Indian journal of veterinary science and animal husbandry - Volume 9,
Year: 1939
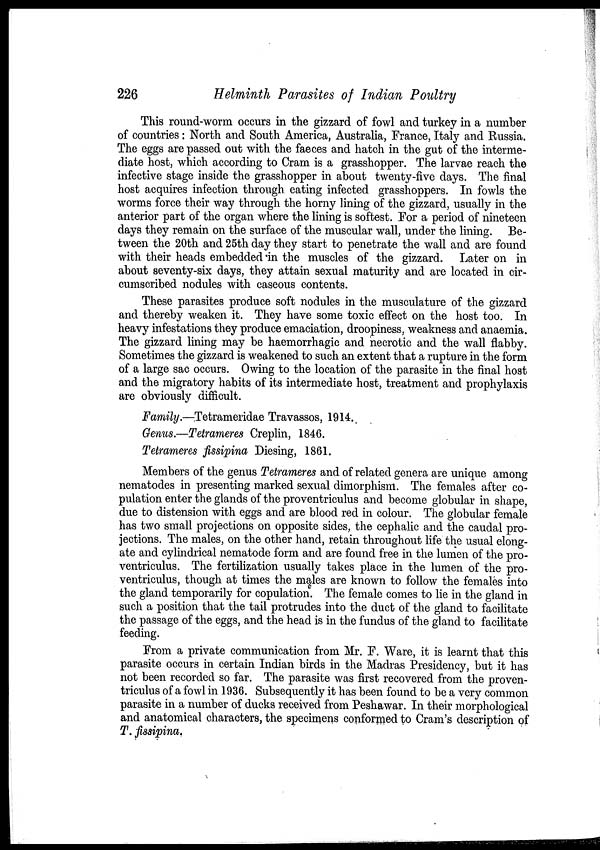
226
Helminth Parasites of Indian Poultry
This round-worm occurs in the gizzard of fowl and turkey in a number
of countries: North and South America, Australia, France, Italy and Russia.
The eggs are passed out with the faeces and hatch in the gut of the interme-
diate host, which according to Cram is a grasshopper. The larvae reach the
infective stage inside the grasshopper in about twenty-five days. The final
host acquires infection through, eating infected grasshoppers. In fowls the
worms force their way through the horny lining of the gizzard, usually in the
anterior part of the organ where the lining is softest. For a period of nineteen
days they remain on the surface of the muscular wall, under the lining. Be-
tween the 20th and 25th day they start to penetrate the wall and are found
with their heads embedded .in the muscles of the gizzard. Later on in
about seventy-six days, they attain sexual maturity and are located in cir-
cumscribed nodules with caseous contents.
These parasites produce soft nodules in the musculature of the gizzard
and thereby weaken it. They have some toxic effect on the host too. In
heavy infestations they produce emaciation, droopiness, weakness and anaemia.
The gizzard lining may be haemorrhagic and necrotic and the wall flabby.
Sometimes the gizzard is weakened to such an extent that a rupture in the form
of a large sac occurs. Owing to the location of the parasite in the final host
and the migratory habits of its intermediate host, treatment and prophylaxis
are obviously difficult.
Family.—Tetrameridae Travassos, 1914.
Genus.—Tetrameres Creplin, 1846.
Tetrameres fissipina Diesing, 1861.
Members of the genus Tetrameres and of related genera are unique among
nematodes in presenting marked sexual dimorphism. The females after co-
pulation enter the glands of the proventriculus and become globular in shape,
due to distension with eggs and are blood red in colour. The globular female
has two small projections on opposite sides, the cephalic and the caudal pro-
jections. The males, on the other hand, retain throughout life the usual elong-
ate and cylindrical nematode form and are found free in the lumen of the pro-
ventriculus. The fertilization usually takes place in the lumen of the pro-
ventriculus, though at times the males are known to follow the females into
the gland temporarily for copulation. The female comes to lie in the gland in
such a position that the tail protrudes into the duct of the gland to facilitate
the passage of the eggs, and the head is in the fundus of the gland to facilitate
feeding.
From a private communication from Mr. F. Ware, it is learnt that this
parasite occurs in certain Indian birds in the Madras Presidency, but it has
not been recorded so far. The parasite was first recovered from the proven-
triculus of a fowl in 1936. Subsequently it has been found to be a very common
parasite in a number of ducks received from Peshawar. In their morphological
and anatomical characters, the specimens conformed to Cram's description of
T. fissipina.